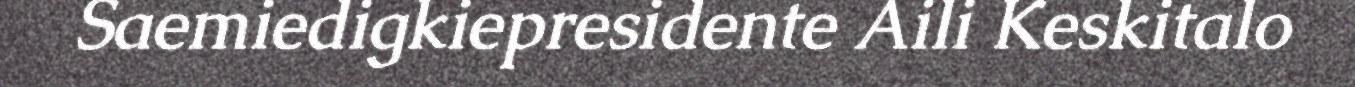
Saemiedigkiepresidente Aili Keskitalo